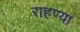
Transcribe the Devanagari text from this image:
राहण्या